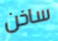
ساخن